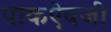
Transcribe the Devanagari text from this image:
पाकऐवजी